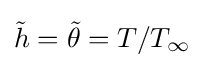
{\tilde {h}}={\tilde {\theta }}=T/T_{\infty }